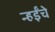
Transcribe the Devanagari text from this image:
न्हईंचे